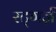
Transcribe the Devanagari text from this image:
रट्गर्ज़